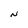
Character: N